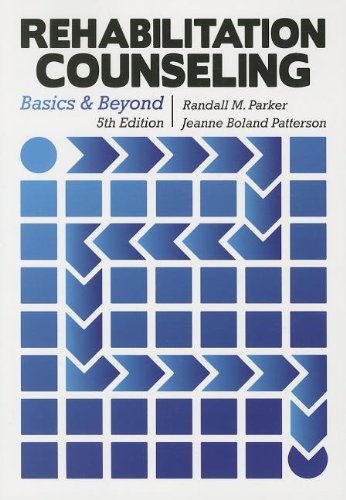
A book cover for Rehabilitation Counseling: Basics and Beyond; Randall M. Parker; Reference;